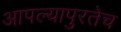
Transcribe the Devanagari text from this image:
आपल्यापुरतेच